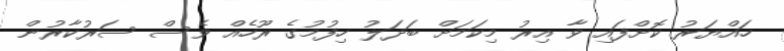
ހައްޔަރު ކޮށްފައި ވާ އިރު މިކަމަށް ބަދަލު ހިފުމުގެ ރޫހެއް ވެސް ސަރުކާރުން